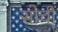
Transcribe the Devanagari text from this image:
सोचीं